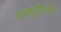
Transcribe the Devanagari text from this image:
त्रन्क़ुइलिज़ेर्स